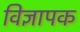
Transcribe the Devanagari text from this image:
विज्ञापक